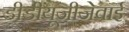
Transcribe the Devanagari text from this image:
डीडीयूजीजेवाई